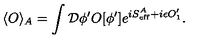
\langle O \rangle _ { A } = \int { \cal D } \phi ^ { \prime } O [ \phi ^ { \prime } ] e ^ { i S _ { \mathrm { e f f } } ^ { A } + i \epsilon O _ { 1 } ^ { \prime } } .